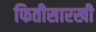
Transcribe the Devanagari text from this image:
फितीसारखी